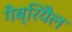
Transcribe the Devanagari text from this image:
गैब्रियैल